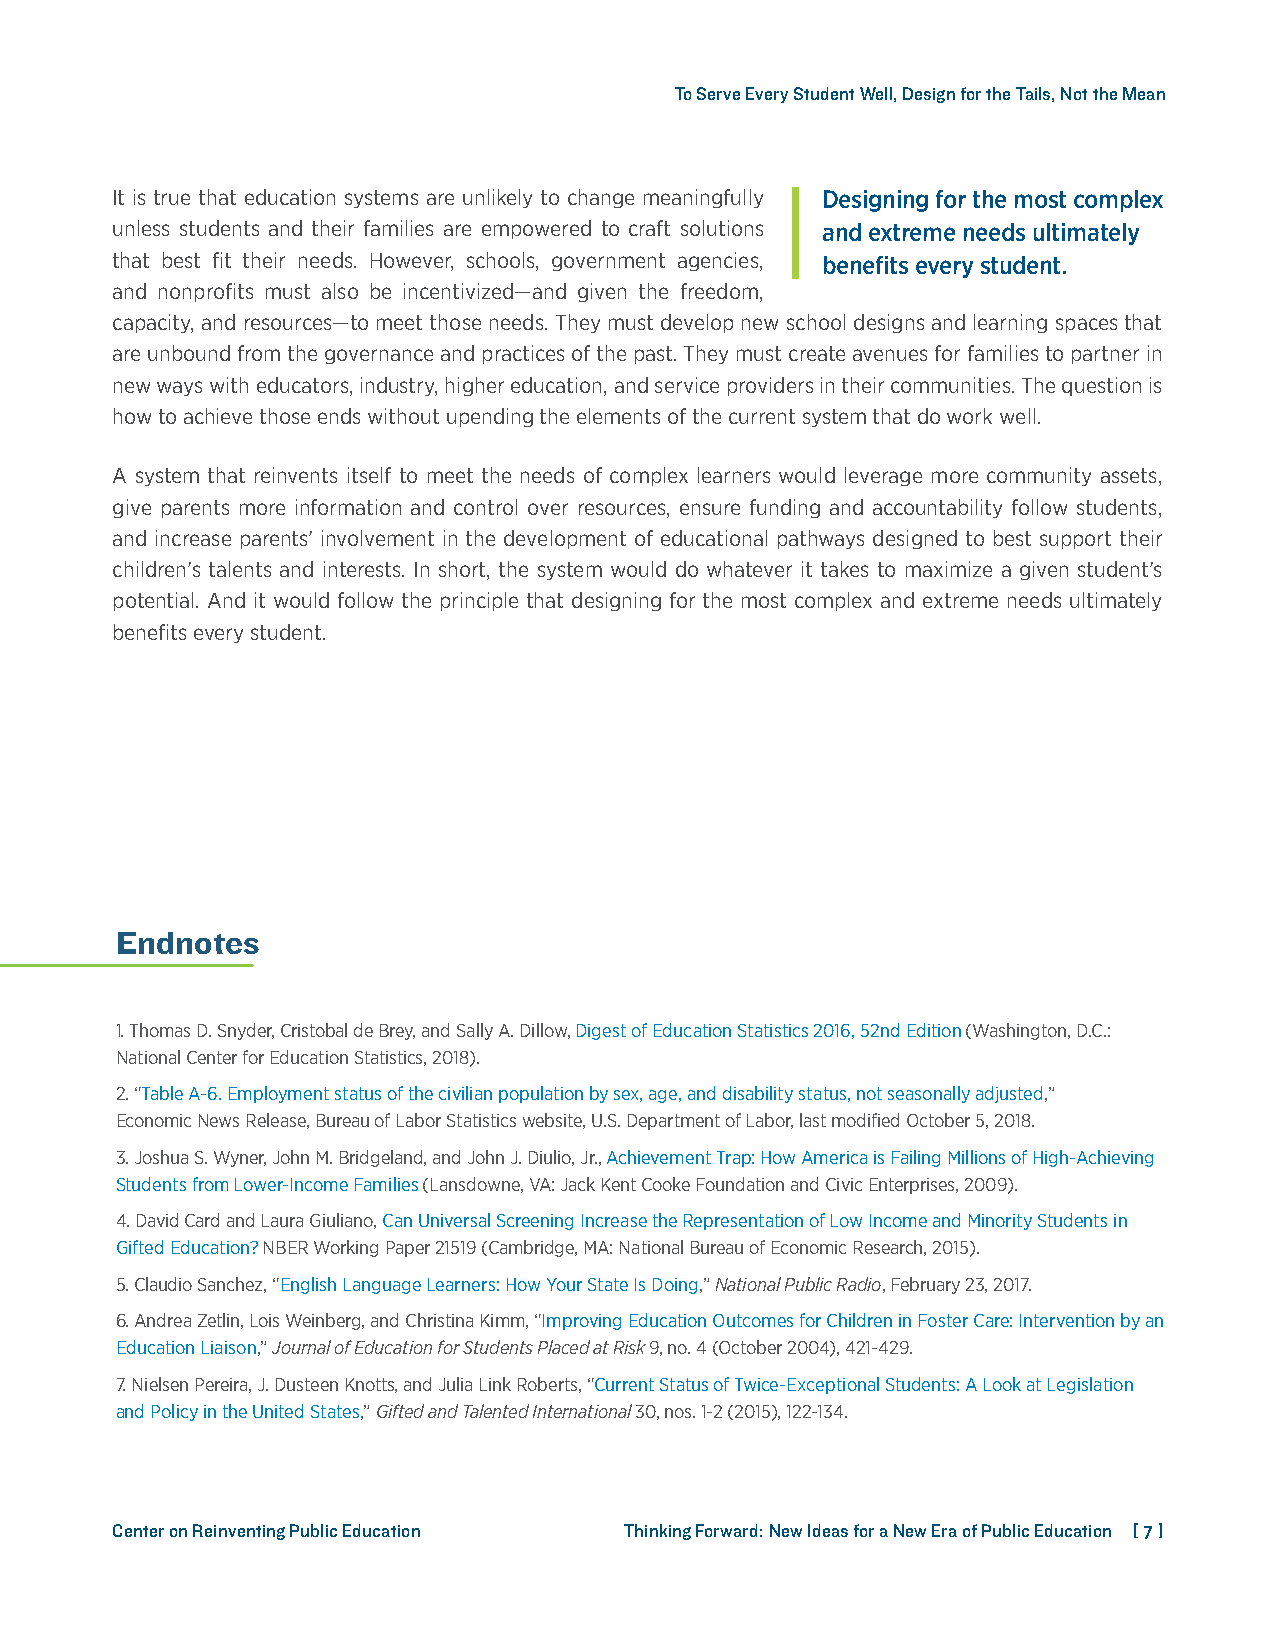
To Serve Every Student Well, Design for the Tails, Not the Mean
 It is true that education systems are unlikely to change meaningfully Designing for the most complex
 unless students and their families are empowered to craft solutions and extreme needs ultimately
 that best fit their needs. However, schools, government agencies, benefits every student.
 and nonprofits must also be incentivized—and given the freedom,
 capacity, and resources—to meet those needs. They must develop new school designs and learning spaces that
 are unbound from the governance and practices of the past. They must create avenues for families to partner in
 new ways with educators, industry, higher education, and service providers in their communities. The question is
 how to achieve those ends without upending the elements of the current system that do work well.
 A system that reinvents itself to meet the needs of complex learners would leverage more community assets,
 give parents more information and control over resources, ensure funding and accountability follow students,
 and increase parents’ involvement in the development of educational pathways designed to best support their
 children’s talents and interests. In short, the system would do whatever it takes to maximize a given student’s
 potential. And it would follow the principle that designing for the most complex and extreme needs ultimately
 benefits every student.
 Endnotes
 1. Thomas D. Snyder, Cristobal de Brey, and Sally A. Dillow, Digest of Education Statistics 2016, 52nd Edition (Washington, D.C.:
 National Center for Education Statistics, 2018).
 2. “Table A-6. Employment status of the civilian population by sex, age, and disability status, not seasonally adjusted,”
 Economic News Release, Bureau of Labor Statistics website, U.S. Department of Labor, last modified October 5, 2018.
 3. Joshua S. Wyner, John M. Bridgeland, and John J. Diulio, Jr., Achievement Trap: How America is Failing Millions of High-Achieving
 Students from Lower-Income Families (Lansdowne, VA: Jack Kent Cooke Foundation and Civic Enterprises, 2009).
 4. David Card and Laura Giuliano, Can Universal Screening Increase the Representation of Low Income and Minority Students in
 Gifted Education? NBER Working Paper 21519 (Cambridge, MA: National Bureau of Economic Research, 2015).
 5. Claudio Sanchez, “English Language Learners: How Your State Is Doing,” National Public Radio, February 23, 2017.
 6. Andrea Zetlin, Lois Weinberg, and Christina Kimm, “Improving Education Outcomes for Children in Foster Care: Intervention by an
 Education Liaison,” Journal of Education for Students Placed at Risk 9, no. 4 (October 2004), 421-429.
 7. Nielsen Pereira, J. Dusteen Knotts, and Julia Link Roberts, “Current Status of Twice-Exceptional Students: A Look at Legislation
 and Policy in the United States,” Gifted and Talented International 30, nos. 1-2 (2015), 122-134.
 Center on Reinventing Public Education Thinking Forward: New Ideas for a New Era of Public Education [ 7 ]